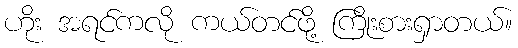
ဟိုး အရင်ကလို ကယ်တင်ဖို့ ကြိုးစားရှာတယ်။